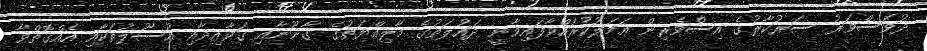
ދުވަސްވަރު ސަރުކާރުގެ އިސްވެރިން އަމަލުކުރައްވާފައިވާނީ ދައުލަތުގެ މާލިއްޔަތުގެ ގާނޫނާއި ގަވާއިދާއި އުސޫލުތަކާއި އެއްގޮތްވާ